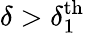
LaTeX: \delta>\delta_{1}^{\textrm{th}}